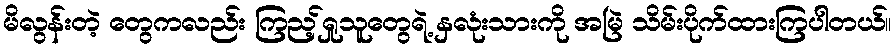
မိလွန်းတဲ့ တွေကလည်း ကြည့်ရှုသူတွေရဲ့ နှလုံးသားကို အမြဲ သိမ်းပိုက်ထားကြပါတယ်။